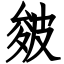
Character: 皴